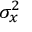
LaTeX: \sigma _ { x } ^ { 2 }